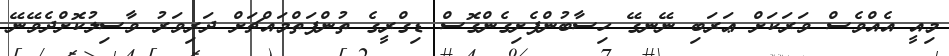
މިއީ އެއްވެސް ވަރަކަށް ޢަރަބި ނޭނގޭ ހިސާބުންފެށިގެންގޮސް ޑިގްރީގެ ތުންފަތްމައްޗަށް ދަރިވަރު ވާސިލުކޮށްދެވޭނޭ